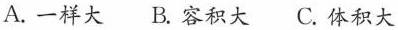
A.一样大 B.容积大 C.体积大